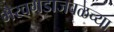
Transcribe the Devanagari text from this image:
भैरवगडाजवळच्या